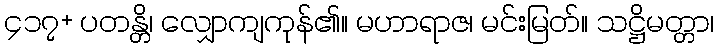
၄၁၇+ ပတန္တိ၊ လျှောကျကုန်၏။ မဟာရာဇ၊ မင်းမြတ်။ သဋ္ဌိမတ္တာ၊